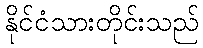
နိုင်ငံသားတိုင်းသည်